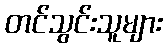
တင်သွင်းသူများ